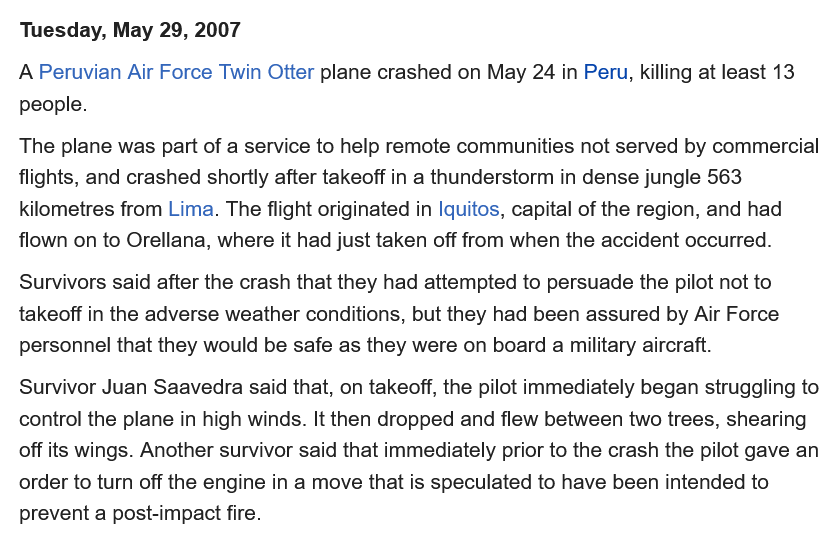
Tuesday, May  29, 2007
  A Peruvian Air Force Twin Otter plane crashed on May 24 in Peru, killing at least 13
  people.
  The plane was part of a service to help remote communities not served by commercial
  flights, and crashed shortly after takeoff in a thunderstorm in dense jungle 563
  kilometres from Lima. The flight originated in Iquitos, capital of the region, and had
  flown on to Orellana, where it had just taken off from when the accident occurred.
  Survivors said after the crash that they had attempted to persuade the pilot not to
  takeoff in the adverse weather conditions, but they had been assured by Air Force
  personnel that they would be safe as they were on board a military aircraft.
  Survivor Juan Saavedra said that, on takeoff, the pilot immediately began struggling to
  control the plane in high winds. It then dropped and flew between two trees, shearing
  off its wings. Another survivor said that immediately prior to the crash the pilot gave an
  order to turn off the engine in a move that is speculated to have been intended to
  prevent a post-impact fire.